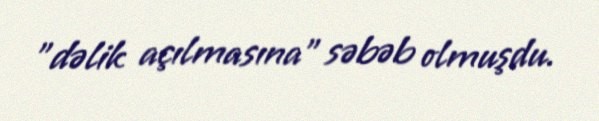
"dəlik açılmasına" səbəb olmuşdu.